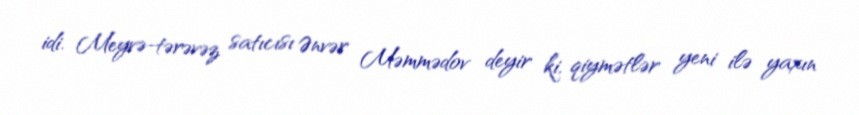
idi. Meyvə-tərəvəz satıcısı Ənvər Məmmədov deyir ki, qiymətlər yeni ilə yaxın